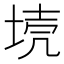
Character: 𡋼